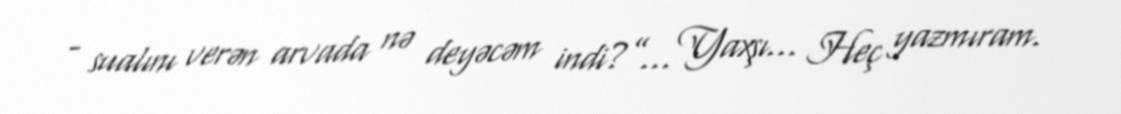
- sualını verən arvada nə deyəcəm indi?”... Yaxşı... Heç yazmıram.